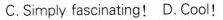
C.Simply fascinating! D. Cool!